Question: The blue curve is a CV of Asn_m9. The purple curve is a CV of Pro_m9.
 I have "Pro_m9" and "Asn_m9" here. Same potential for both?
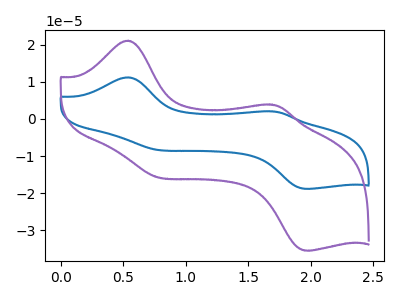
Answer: <think>The blue curve "Asn_m9" has anodic peaks at (0.55V, 11.20uA) (1.70V, 2.05uA) and cathodic peaks at (0.75V, -8.20uA) (2.00V, -18.80uA). The purple curve "Pro_m9" has anodic peaks at (0.55V, 21.05uA) (1.70V, 3.90uA) and cathodic peaks at (0.75V, -15.40uA) (2.00V, -35.40uA).
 All the peaks in "Pro_m9" have a peak in "Asn_m9" at the same potential. Every peak in "Pro_m9" is higher than every peak in "Asn_m9".</think>
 <answer>"Pro_m9" and "Asn_m9" are similar in shape.</answer>
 <eval>same_shape</eval>